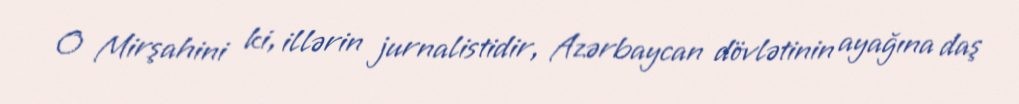
O Mirşahini ki, illərin jurnalistidir, Azərbaycan dövlətinin ayağına daş